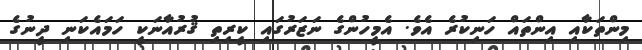
މިންތަކާއި އިންތައް ހަނިކުރެ އެވެ. އެމީހުންގެ ނަޒަރުގައި ކީރިތި ޤުރުއާނަކީ ހަމައެކަނި ދީނުގެ